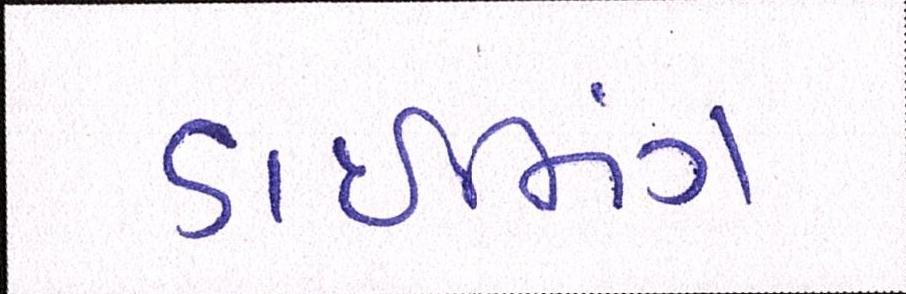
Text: ડાઇનિંગ